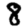
Digit: 8